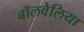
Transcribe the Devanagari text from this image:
बॉलवेलिया